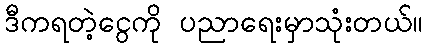
ဒီကရတဲ့ငွေကို ပညာရေးမှာသုံးတယ်။